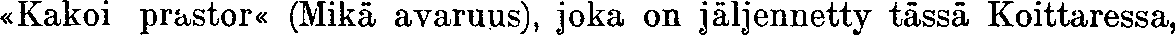
«Kakoi prastor« (Mikä avaruus), joka on jäljennetty tässä Koittaressa,